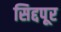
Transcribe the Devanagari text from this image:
सिद्दपूर